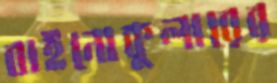
বাইনোকুলারের